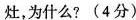
灶，为什么?(4分)